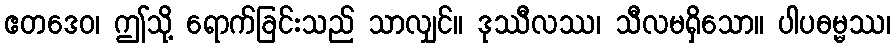
ဧတဒေဝ၊ ဤသို့ ရောက်ခြင်းသည် သာလျှင်။ ဒုဿီလဿ၊ သီလမရှိသော။ ပါပဓမ္မဿ၊